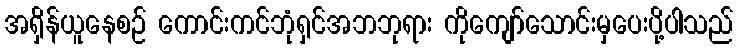
အရှိန်ယူနေစဉ် ကောင်းကင်ဘုံရှင်အဘဘုရား ကိုကျော်သောင်းမှပေးပို့ပါသည်